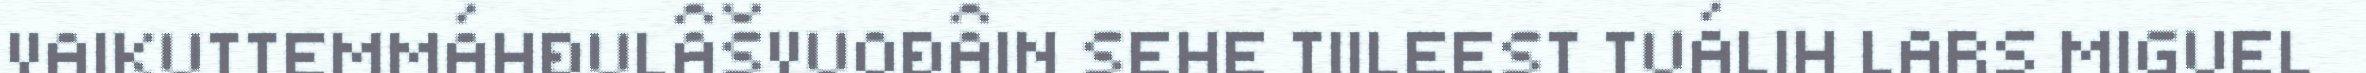
VAIKUTTEMMÁHĐULÂŠVUOĐÂIN SEHE TIILEEST TUÁLIH LARS MIGUEL